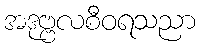
အဒုဗ္ဗလစီဝရသညာ